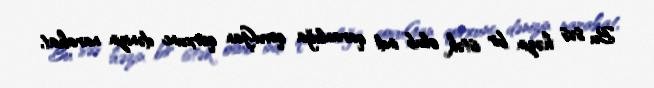
Bu səs həzin bir istək olub indi qaranlığa qovuĢan qorxunc dənizin narahat,